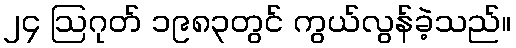
၂၄ ဩဂုတ် ၁၉၈၃တွင် ကွယ်လွန်ခဲ့သည်။